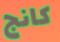
كانج